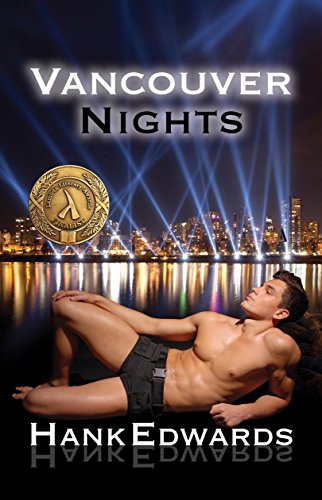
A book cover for Vancouver Nights; Hank Edwards; Romance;